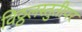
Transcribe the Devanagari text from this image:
विठ्ठलस्तुतीपर